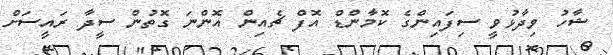
ޝާހު ވިދާޅުވީ ސިފައިންގެ ކޮމާންޑް އޮފް ޗެއިން އޮންނަ ގޮތުން ސީދާ ރައީސަށް